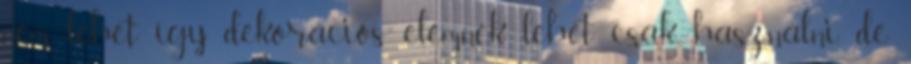
nem lehet így dekorációs elemnek lehet csak használni, de